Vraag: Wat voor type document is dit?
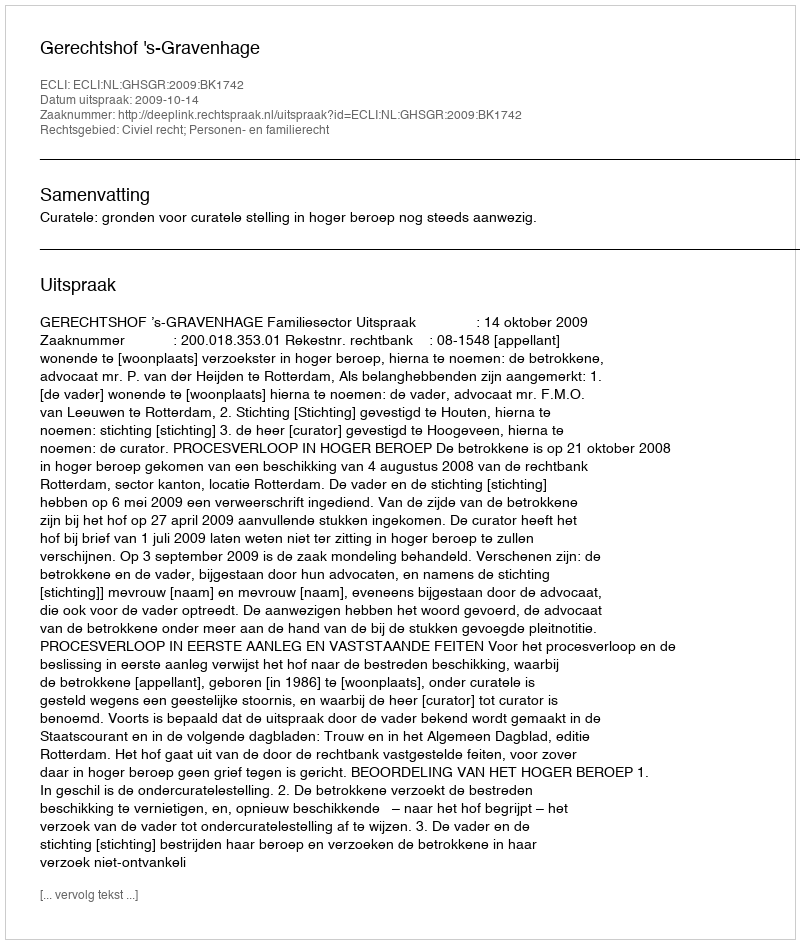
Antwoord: Uitspraak